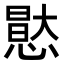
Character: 𭞘